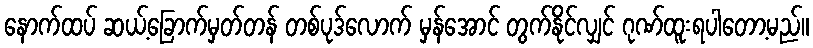
နောက်ထပ် ဆယ့်ခြောက်မှတ်တန် တစ်ပုဒ်လောက် မှန်အောင် တွက်နိုင်လျှင် ဂုဏ်ထူးရပါတော့မည်။